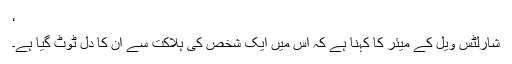
‘
شارلٹس ویل کے میئر کا کہنا ہے کہ اس میں ایک شخص کی ہلاکت سے ان کا دل ٹوٹ گیا ہے۔